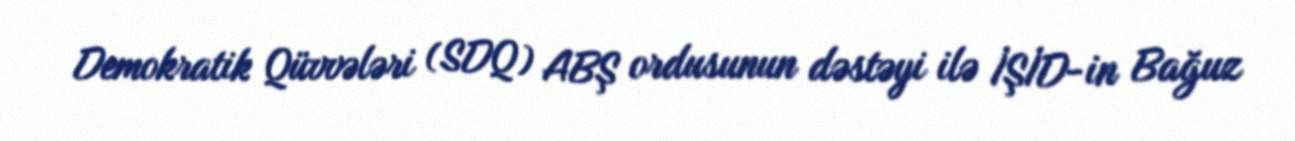
Demokratik Qüvvələri (SDQ) ABŞ ordusunun dəstəyi ilə İŞİD-in Bağuz